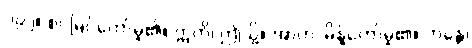
၁၉၂။ စင်မြင်တော်မူ၏။ ဣတိ၊ ဤသို့။ အာဟ၊ မိန့်တော်မူ၏။ ဘန္တေ၊